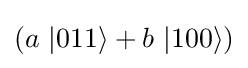
(a\ |011\rangle +b\ |100\rangle )